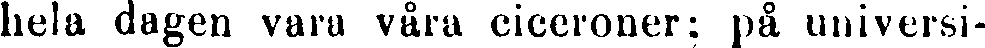
hela dagen vara våra ciceroner: på universi-